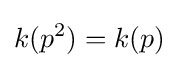
k(p^{2})=k(p)